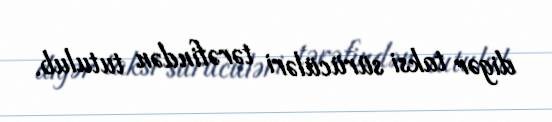
digər taksi sürücüləri tərəfindən tutulub.